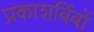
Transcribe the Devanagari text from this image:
प्रकाशबिंबों